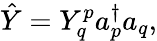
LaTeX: \hat{Y}=Y_{q}^{p}a_{p}^{\dagger}a_{q},